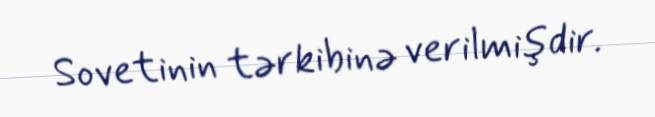
Sovetinin tərkibinə verilmişdir.